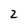
Character: 2